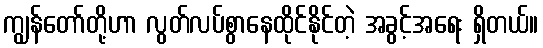
ကျွန်တော်တို့ဟာ လွတ်လပ်စွာနေထိုင်နိုင်တဲ့ အခွင့်အရေး ရှိတယ်။